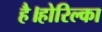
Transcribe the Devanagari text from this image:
है।होरिल्का